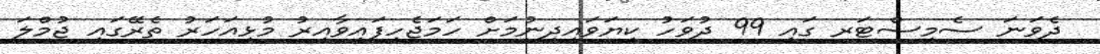
ދެވަނަ ސެމިސްޓަރ ގައި 99 ދުވަހު ކިޔަވައިދިނުމަށް ހަމަޖެހިފައިވާއިރު މުޅިއަހަރު ތެރޭގައި ޖުމްލަ